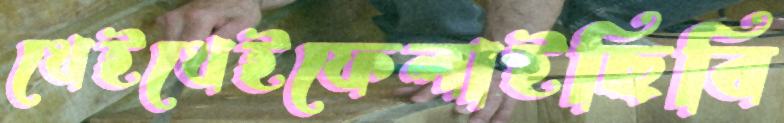
থেইথেইফেলাইছিবি